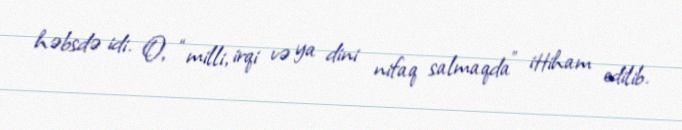
həbsdə idi. O, “milli, irqi və ya dini nifaq salmaqda” ittiham edilib.